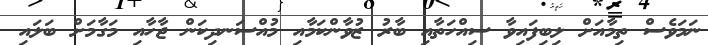
ނަމަވެސް ތިމާއަށް ލިބިފައިވާ ސިއްހަތާއި ބާރު ޒުވާންކަމާއި މުއްސަނދިކަން ޖާހާއި މަގާމަށް ބަލައި